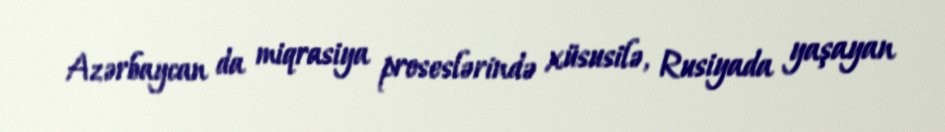
Azərbaycan da miqrasiya proseslərində xüsusilə, Rusiyada yaşayan